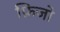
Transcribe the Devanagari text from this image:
फ़िजो